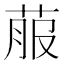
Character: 菔